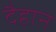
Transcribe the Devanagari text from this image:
दैहान